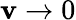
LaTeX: \mathbf{v}\rightarrow0